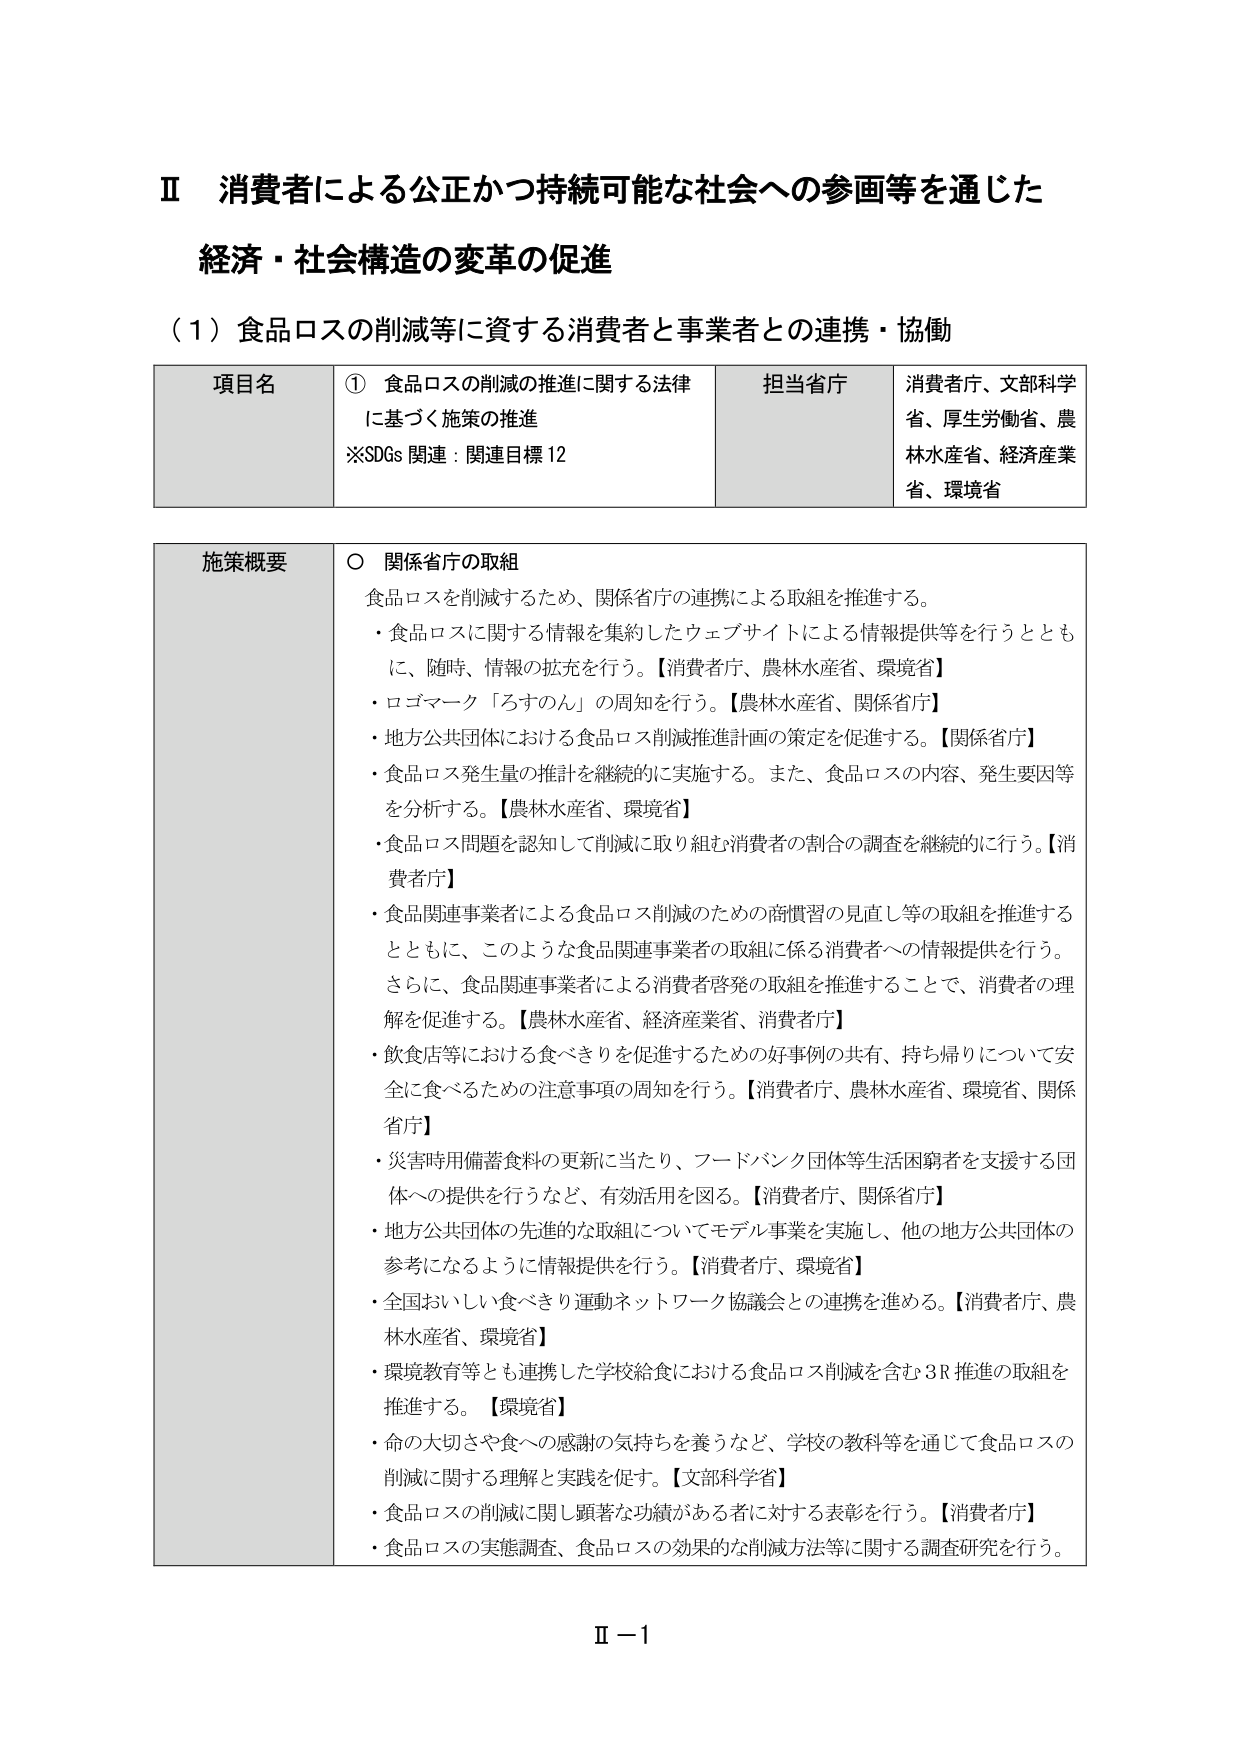
Ⅱ 消費者による公正かつ持続可能な社会への参画等を通じた
経済・社会構造の変革の促進

（１）食品ロスの削減等に資する消費者と事業者との連携・協働

項目名 ① 食品ロスの削減の推進に関する法律
に基づく施策の推進
※SDGs 関連：関連目標 12

担当省庁 消費者庁、文部科学省、厚生労働省、農林水産省、経済産業省、環境省

施策概要 ○ 関係省庁の取組
食品ロスを削減するため、関係省庁の連携による取組を推進する。
・食品ロスに関する情報を集約したウェブサイトによる情報提供等を行うとともに、随時、情報の拡充を行う。【消費者庁、農林水産省、環境省】
・ロゴマーク「ろすのん」の周知を行う。【農林水産省、関係省庁】
・地方公共団体における食品ロス削減推進計画の策定を促進する。【関係省庁】
・食品ロス発生量の推計を継続的に実施する。また、食品ロスの内容、発生要因等を分析する。【農林水産省、環境省】
・食品ロス問題を認知して削減に取り組む消費者の割合の調査を継続的に行う。【消費者庁】
・食品関連事業者による食品ロス削減のための商慣習の見直し等の取組を推進するとともに、このような食品関連事業者の取組に係る消費者への情報提供を行う。さらに、食品関連事業者による消費者啓発の取組を推進することで、消費者の理解を促進する。【農林水産省、経済産業省、消費者庁】
・飲食店等における食べきりを促進するための好事例の共有、持ち帰りについて安全に食べるための注意事項の周知を行う。【消費者庁、農林水産省、環境省、関係省庁】
・災害時用備蓄食料の更新に当たり、フードバンク団体等生活困窮者を支援する団体への提供を行うなど、有効活用を図る。【消費者庁、関係省庁】
・地方公共団体の先進的な取組についてモデル事業を実施し、他の地方公共団体の参考になるように情報提供を行う。【消費者庁、環境省】
・全国おいしい食べきり運動ネットワーク協議会との連携を進める。【消費者庁、農林水産省、環境省】
・環境教育等とも連携した学校給食における食品ロス削減を含む3R推進の取組を推進する。【環境省】
・命の大切さや食への感謝の気持ちを養うなど、学校の教科等を通じて食品ロスの削減に関する理解と実践を促す。【文部科学省】
・食品ロスの削減に関し顕著な功績がある者に対する表彰を行う。【消費者庁】
・食品ロスの実態調査、食品ロスの効果的な削減方法等に関する調査研究を行う。

Ⅱ－1